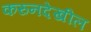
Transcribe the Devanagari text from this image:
करुनदेखील